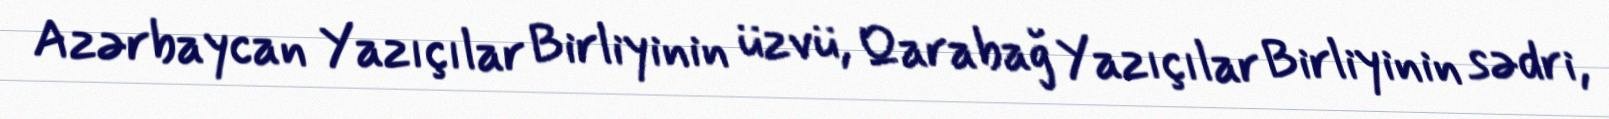
Azərbaycan Yazıçılar Birliyinin üzvü, Qarabağ Yazıçılar Birliyinin sədri,